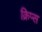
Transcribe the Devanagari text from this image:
क्रिप्‍स